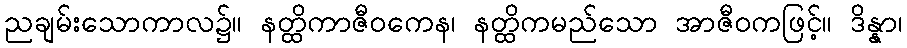
ညချမ်းသောကာလ၌။ နတ္ထိကာဇီဝကေန၊ နတ္ထိကမည်သော အာဇီဝကဖြင့်။ ဒိန္နာ၊